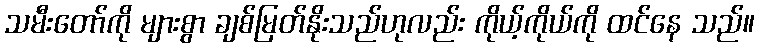
သမီးတော်ကို များစွာ ချစ်မြတ်နိုးသည်ဟုလည်း ကိုယ့်ကိုယ်ကို ထင်နေ သည်။